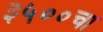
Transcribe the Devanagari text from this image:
३५००चा